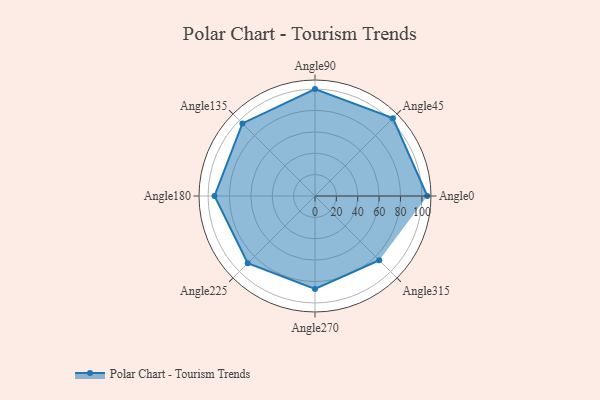
{"axis": {"x": "Angle", "y": "Radius"}, "legend": [""], "data": [{"x": "Angle0", "y": 105.0, "type": ""}, {"x": "Angle45", "y": 103.0, "type": ""}, {"x": "Angle90", "y": 100.0, "type": ""}, {"x": "Angle135", "y": 96.0, "type": ""}, {"x": "Angle180", "y": 94.0, "type": ""}, {"x": "Angle225", "y": 89.0, "type": ""}, {"x": "Angle270", "y": 87.0, "type": ""}, {"x": "Angle315", "y": 85.0, "type": ""}]}